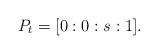
LaTeX: \begin{align*}P_t = [0:0:s:1].\end{align*}